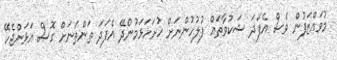
މުވައްޒަފުން ވެސް އެފަދަ ޝަކުވާތައް ފުލުހުންނަށް ހުށަހަޅަމުންދޭ އެފަދަ ތަންތަނަށް ގޮސް އަޅަންޖެހޭ